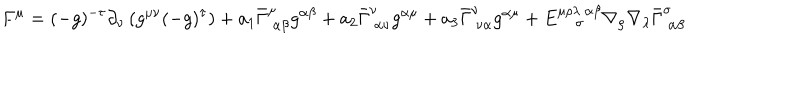
LaTeX: F ^ { \mu } = ( - g ) ^ { - \tau } \partial _ { \nu } \left( g ^ { \mu \nu } ( - g ) ^ { \tau } \right) + a _ { 1 } \bar { \Gamma } _ { ~ \alpha \beta } ^ { \mu } g ^ { \alpha \beta } + a _ { 2 } \bar { \Gamma } _ { ~ \alpha \nu } ^ { \nu } g ^ { \alpha \mu } + a _ { 3 } \bar { \Gamma } _ { ~ \nu \alpha } ^ { \nu } g ^ { \alpha \mu } + E _ { ~ \sigma } ^ { \mu \rho \lambda ~ \alpha \beta } \nabla _ { \rho } \nabla _ { \lambda } \bar { \Gamma } _ { ~ \alpha \beta } ^ { \sigma }